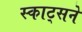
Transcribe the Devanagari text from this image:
स्काट्सने